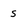
Character: S